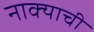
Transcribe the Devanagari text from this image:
नाक्याची